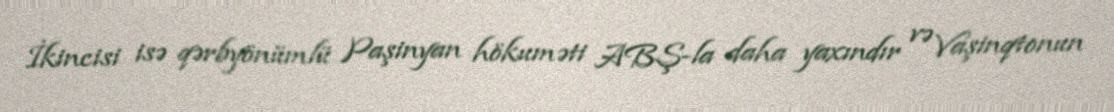
İkincisi isə qərbyönümlü Paşinyan hökuməti ABŞ-la daha yaxındır və Vaşinqtonun